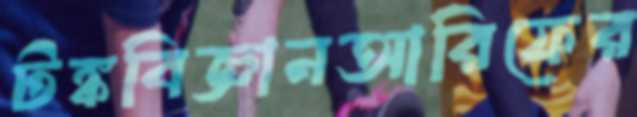
টঙ্কবিজ্ঞানআরিফের